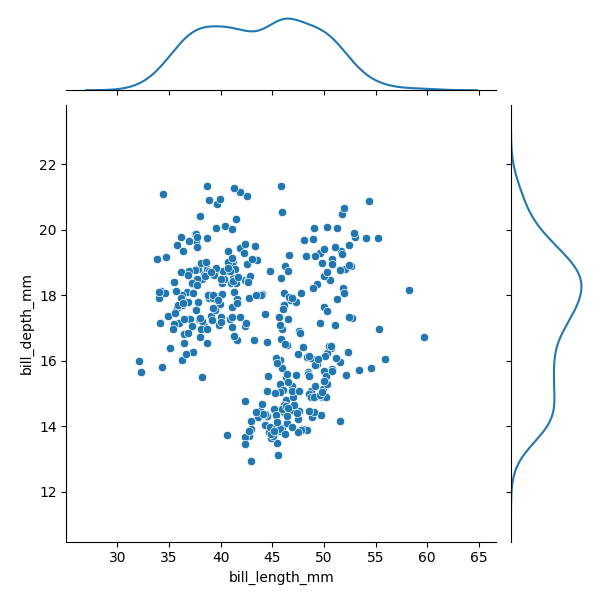
python, seaborn, JointGrid, scatterplot, kdeplot